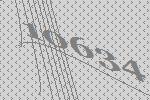
10634